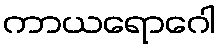
ကာယရောဂေါ